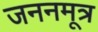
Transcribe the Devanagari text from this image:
जननमूत्र